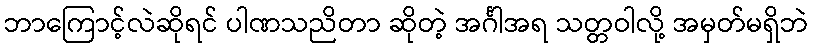
ဘာကြောင့်လဲဆိုရင် ပါဏသညိတာ ဆိုတဲ့ အင်္ဂါအရ သတ္တဝါလို့ အမှတ်မရှိဘဲ